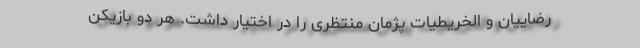
رضاییان و الخریطیات پژمان منتظری را در اختیار داشت. هر دو بازیکن